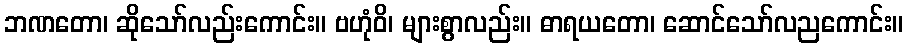
ဘဏတော၊ ဆိုသော်လည်းကောင်း။ ဗဟုံဝိ၊ များစွာလည်း။ ဓာရယတော၊ ဆောင်သော်လညကောင်း။